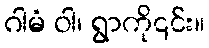
ဂါမံ ဝါ၊ ရွာကို၎င်း။